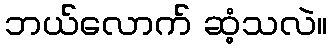
ဘယ်လောက် ဆံ့သလဲ။